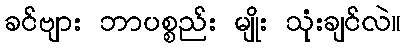
ခင်ဗျား ဘာပစ္စည်း မျိုး သုံးချင်လဲ။